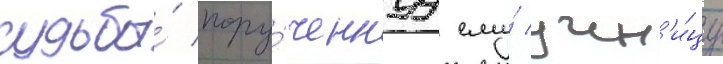
судьбы́ пору́ченнуу ему́ учен'и́цу